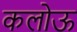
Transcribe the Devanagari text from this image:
कलोऊ